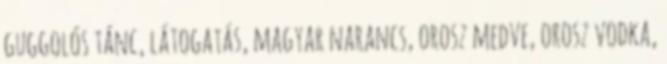
guggolós tánc, látogatás, magyar narancs, orosz medve, orosz vodka,